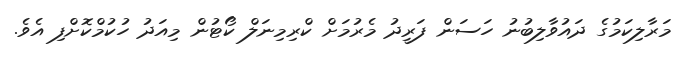
މަރާލިކަމުގެ ދައުވާލިބުނު ހަސަން ފަރީދު މެރުމަށް ކްރިމިނަލް ކޯޓުން މިއަދު ހުކުމްކޮށްފި އެވެ.